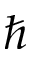
\hslash